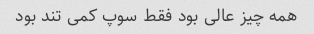
همه چیز عالی بود فقط سوپ کمی تند بود